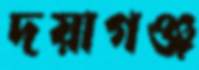
দয়াগঞ্জ